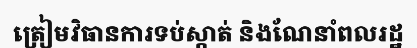
ត្រៀមវិធានការទប់ស្កាត់ និងណែនាំពលរដ្ឋ